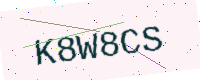
Text: K8W8CS